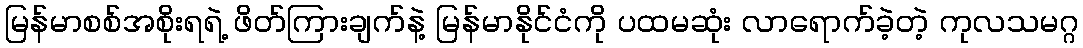
မြန်မာစစ်အစိုးရရဲ့ ဖိတ်ကြားချက်နဲ့ မြန်မာနိုင်ငံကို ပထမဆုံး လာရောက်ခဲ့တဲ့ ကုလသမဂ္ဂ